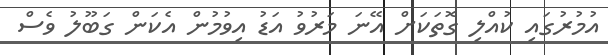
އުމުރުގައި ކުއްލި ގޮތަކަށް އޭނަ މަރުވު އަޑު އިވުމުން އެކަން ގަބޫލު ވެސް